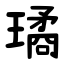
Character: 璚